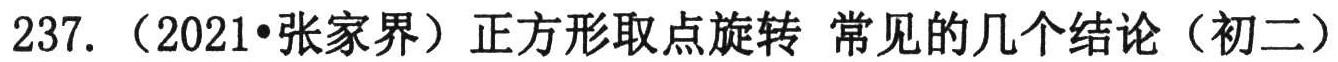
237. （2021•张家界）正方形取点旋转 常见的几个结论（初二）